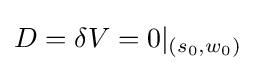
D=\delta V=0|_{(s_{0},w_{0})}